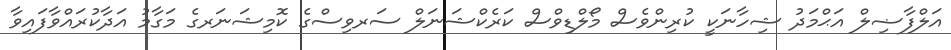
އަލްފާޟިލް އަޙްމަދު ޝިހާނަކީ ކުރިންވެސް މޯލްޑިވްސް ކަރެކްޝަނަލް ސަރވިސްގެ ކޮމިޝަނަރގެ މަގާމު އަދާކުރައްވާފައިވާ